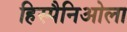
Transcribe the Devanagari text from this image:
हिस्पैनिओला